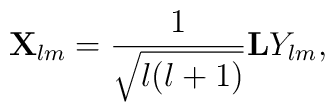
{\bf X}_{lm}={1\over\sqrt{l(l+1)}}{\bf L}Y_{lm},